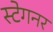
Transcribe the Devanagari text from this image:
स्टेगनर